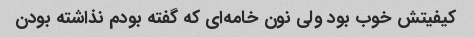
کیفیتش خوب بود ولی نون خامه‌ای که گفته بودم نذاشته بودن